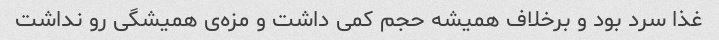
غذا سرد بود و برخلاف همیشه حجم کمی داشت و مزه‌ی همیشگی رو نداشت